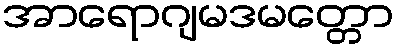
အာရောဂျမဒမတ္တော